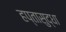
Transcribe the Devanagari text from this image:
हप्तासुद्धा